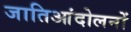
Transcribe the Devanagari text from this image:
जातिआंदोलनों